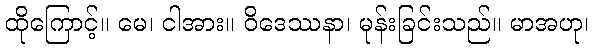
ထိုကြောင့်။ မေ၊ ငါအား။ ဝိဒေဿနာ၊ မုန်းခြင်းသည်။ မာအဟု၊